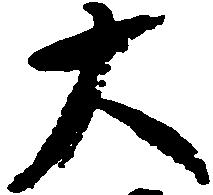
大